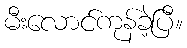
မီးလောင်ကုန်ခဲ့ပြီ။